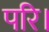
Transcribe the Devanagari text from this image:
परि।